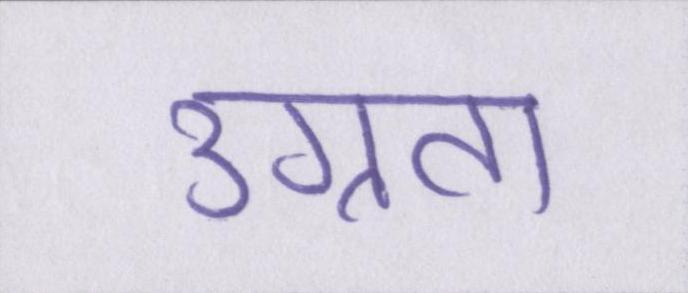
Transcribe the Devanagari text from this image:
उग्रता